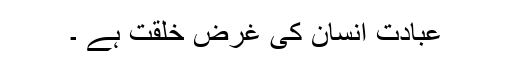
عبادت انسان کی غرض خلقت ہے ۔